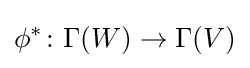
\phi ^{*}\colon \Gamma (W)\to \Gamma (V)